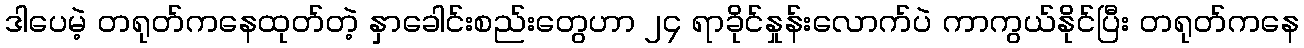
ဒါပေမဲ့ တရုတ်ကနေထုတ်တဲ့ နှာခေါင်းစည်းတွေဟာ ၂၄ ရာခိုင်နှုန်းလောက်ပဲ ကာကွယ်နိုင်ပြီး တရုတ်ကနေ